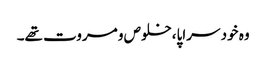
وہ خود سراپا،خلوص و مروت تھے۔